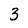
Character: 3